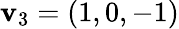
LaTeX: \mathbf{v}_{3}=(1,0,-1)